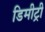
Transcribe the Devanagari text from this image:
डिमीट्री